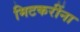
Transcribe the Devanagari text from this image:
मिटकरींना